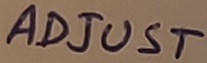
Text: ADJUST